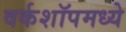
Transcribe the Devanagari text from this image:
वर्कशॉपमध्ये